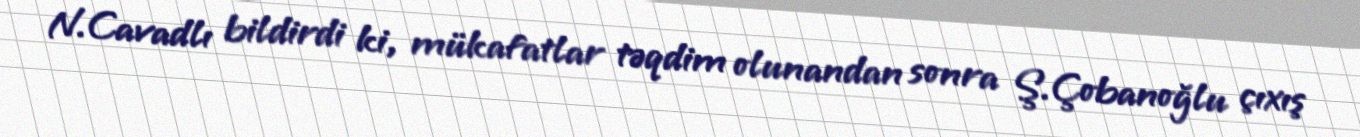
N.Cavadlı bildirdi ki, mükafatlar təqdim olunandan sonra Ş.Çobanoğlu çıxış